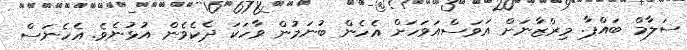
ސަލާމް ބައްޕާ. މިރްޒާނަށް އަވަސްއަވަހަށް އެހެން ބުނަމުން ވާހަކަ ދެކެވެން އުޅުނެވެ. އެހެނަސް